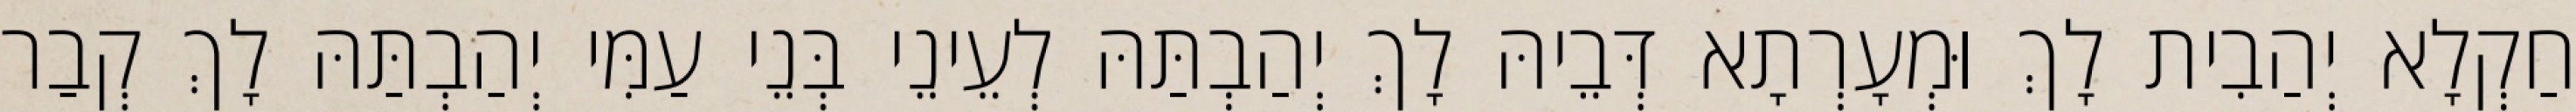
חַקְלָא יְהַבִית לָךְ וּמְעָרְתָא דְּבֵיהּ לָךְ יְהַבְתַּהּ לְעֵינֵי בְּנֵי עַמִּי יְהַבְתַּהּ לָךְ קְבַר